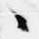
々